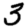
Digit: 3